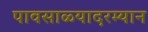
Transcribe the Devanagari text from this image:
पावसाळ्यादरम्यान